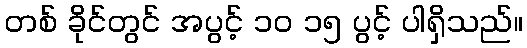
တစ် ခိုင်တွင် အပွင့် ၁၀ ၁၅ ပွင့် ပါရှိသည်။